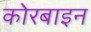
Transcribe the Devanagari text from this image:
कोरबाइन